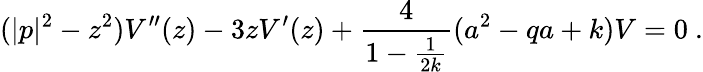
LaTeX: (|p|^{2}-z^{2})V^{\prime\prime}(z)-3zV^{\prime}(z)+\frac{4}{1-\frac{1}{2k}}(a^{2}-qa+k)V=0~.